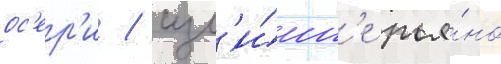
ос'ер'и / изл'и́шн'е рья́но